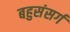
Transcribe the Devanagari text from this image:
बहुसंसर्ग